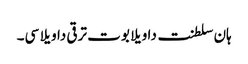
ہان سلطنت دا ویلا بوت ترقی دا ویلا سی۔